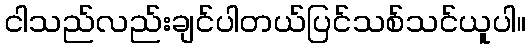
ငါသည်လည်းချင်ပါတယ်ပြင်သစ်သင်ယူပါ။